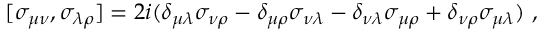
[ \sigma _ { \mu \nu } , \sigma _ { \lambda \rho } ] = 2 i ( \delta _ { \mu \lambda } \sigma _ { \nu \rho } - \delta _ { \mu \rho } \sigma _ { \nu \lambda } - \delta _ { \nu \lambda } \sigma _ { \mu \rho } + \delta _ { \nu \rho } \sigma _ { \mu \lambda } ) \ ,